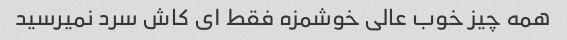
همه چیز خوب عالی خوشمزه فقط ای کاش سرد نمیرسید